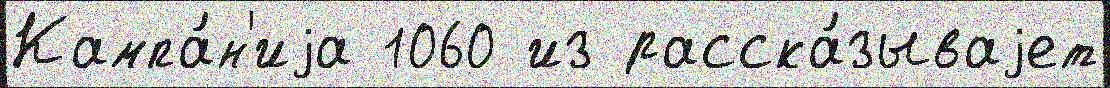
Кампа́н'иjа 1060 из расска́зываjет